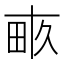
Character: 畞